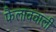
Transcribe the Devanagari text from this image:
फैलाववाली